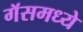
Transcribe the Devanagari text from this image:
गॅसमध्ये